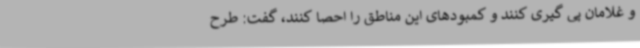
و غلامان پی گیری کنند و کمبودهای این مناطق را احصا کنند، گفت: طرح